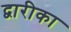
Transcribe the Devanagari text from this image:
द्वारीका